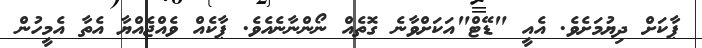
ޕާކަށް ދިޔުމަށެވެ. އެއީ "ޑޭޓް"އަކަށްވާނެ ގޮތެއް ނޯންނާނެއެވެ. ޕާކެއް ވެއްޖެއްޔާ އެތާ އެމީހުން